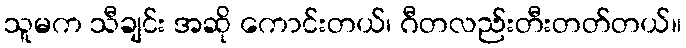
သူမက သီချင်း အဆို ကောင်းတယ်၊ ဂီတလည်းတီးတတ်တယ်။